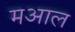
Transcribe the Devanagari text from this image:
मआल